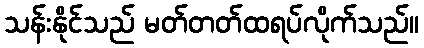
သန်းနိုင်သည် မတ်တတ်ထရပ်လိုက်သည်။